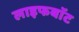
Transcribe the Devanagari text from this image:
लाइफबाॅट